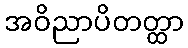
အဝိညာပိတတ္ထာ